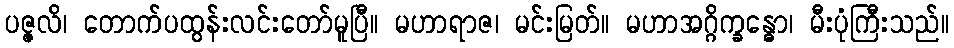
ပဇ္ဇလိ၊ တောက်ပထွန်းလင်းတော်မူပြီ။ မဟာရာဇ၊ မင်းမြတ်။ မဟာအဂ္ဂိက္ခန္ဓော၊ မီးပုံကြီးသည်။